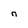
Character: n